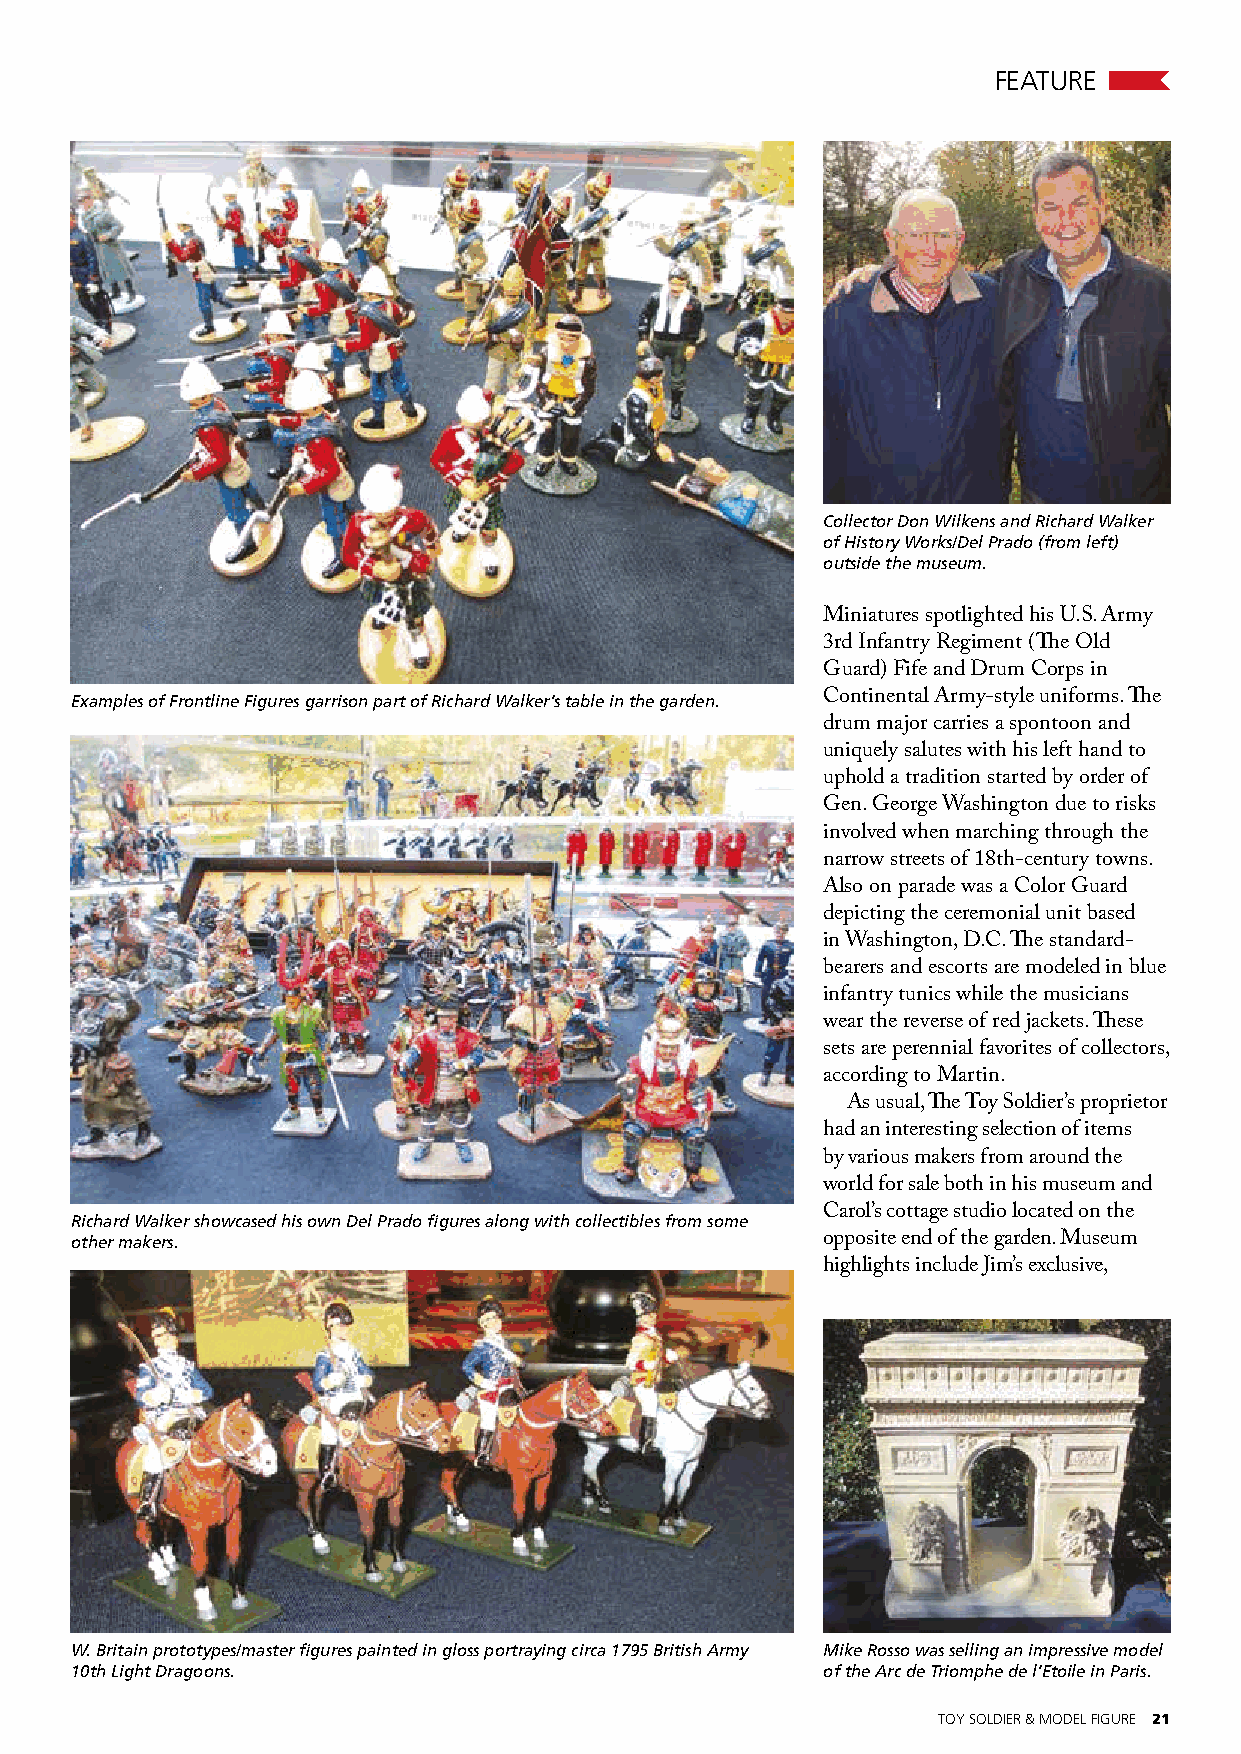
FEATURE
 Collector Don Wilkens and Richard Walker
 of History Works/Del Prado (from left)
 outside the museum.
 Miniatures spotlighted his U.S. Army
 3rd Infantry Regiment (The Old
 Guard) Fife and Drum Corps in
 Examples of Frontline Figures garrison part of Richard Walker’s table in the garden. Continental Army-style uniforms. The
 drum major carries a spontoon and
 uniquely salutes with his left hand to
 uphold a tradition started by order of
 Gen. George Washington due to risks
 involved when marching through the
 narrow streets of 18th-century towns.
 Also on parade was a Color Guard
 depicting the ceremonial unit based
 in Washington, D.C. The standard-
 bearers and escorts are modeled in blue
 infantry tunics while the musicians
 wear the reverse of red jackets. These
 sets are perennial favorites of collectors,
 according to Martin.
 As usual, The Toy Soldier’s proprietor
 had an interesting selection of items
 by various makers from around the
 world for sale both in his museum and
 Richard Walker showcased his own Del Prado figures along with collectibles from some Carol’s cottage studio located on the
 other makers.                                    opposite end of the garden. Museum
 highlights include Jim’s exclusive,
 W. Britain prototypes/master figures painted in gloss portraying circa 1795 British Army Mike Rosso was selling an impressive model
 10th Light Dragoons.                             of the Arc de Triomphe de l’Etoile in Paris.
 TOY SOLDIER & MODEL FIGURE 21